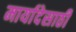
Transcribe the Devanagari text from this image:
मार्यादेसाठी